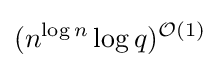
(n^{\log n}\log q)^{{\mathcal {O}}(1)}